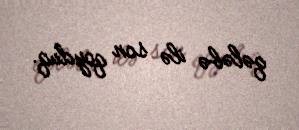
qələbə ilə son qoyduq.